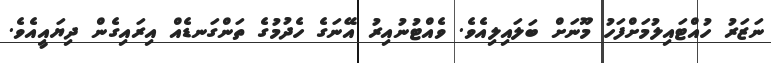
ނަޒަރު ހުއްޓައިލުމަށްފަހު މޫނަށް ބަލައިލިއެވެ. ވެއްޓުނުއިރު އޭނަގެ ހެދުމުގެ ތަންގަނޑެއް އިރައިގެން ދިޔައީއެވެ.